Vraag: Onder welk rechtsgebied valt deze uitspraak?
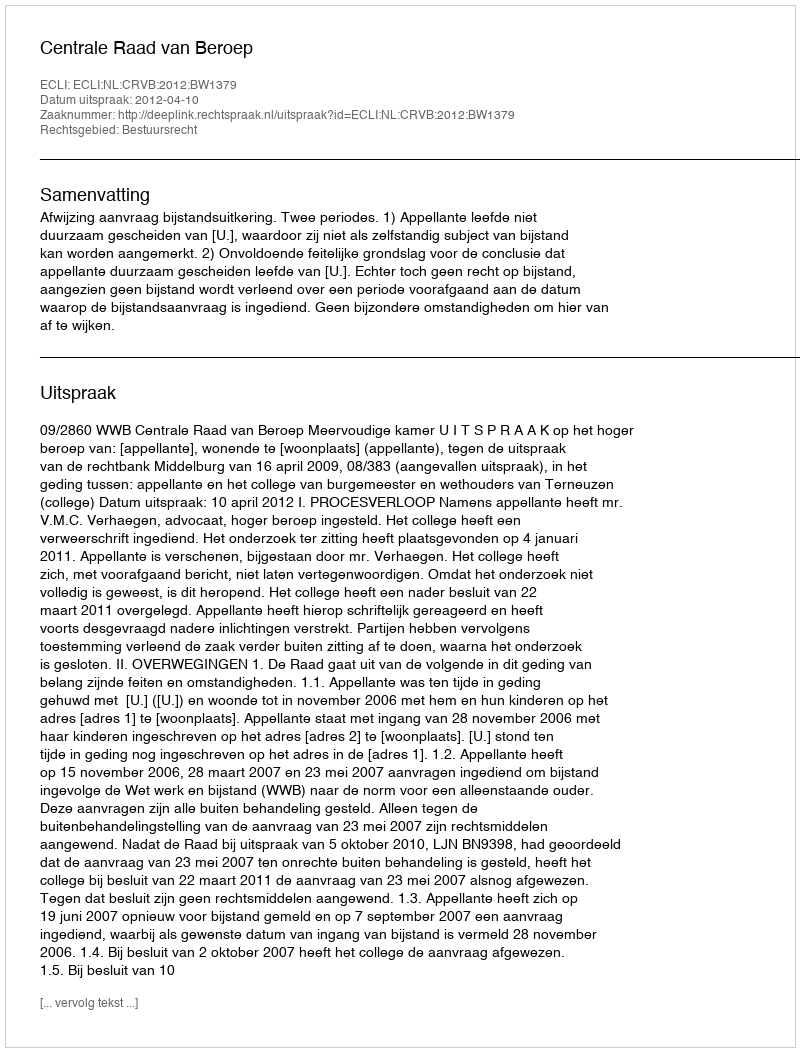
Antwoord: Bestuursrecht